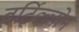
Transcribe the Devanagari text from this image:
बर्टिल्लोन